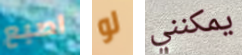
اصبع لو يمكنني